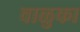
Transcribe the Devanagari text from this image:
वाळुका